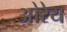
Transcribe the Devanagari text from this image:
ओरेय